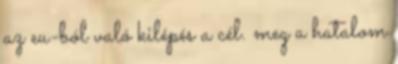
az eu-ból való kilépés a cél. meg a hatalom